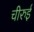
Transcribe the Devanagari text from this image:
चीरुई